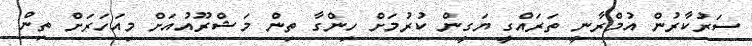
ސަރުކާރުން އުމްރާނީ ތަރައްގީ ޔަގީން ކުރުމަށް ހިންގާ ތިން މަޝްރޫއުއަށް މިއަހަރަށް ތިން